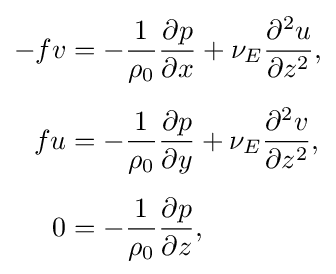
{\begin{aligned}-fv&=-{\frac {1}{\rho _{0}}}{\frac {\partial p}{\partial x}}+\nu _{E}{\frac {\partial ^{2}u}{\partial z^{2}}},\\[5pt]fu&=-{\frac {1}{\rho _{0}}}{\frac {\partial p}{\partial y}}+\nu _{E}{\frac {\partial ^{2}v}{\partial z^{2}}},\\[5pt]0&=-{\frac {1}{\rho _{0}}}{\frac {\partial p}{\partial z}},\end{aligned}}